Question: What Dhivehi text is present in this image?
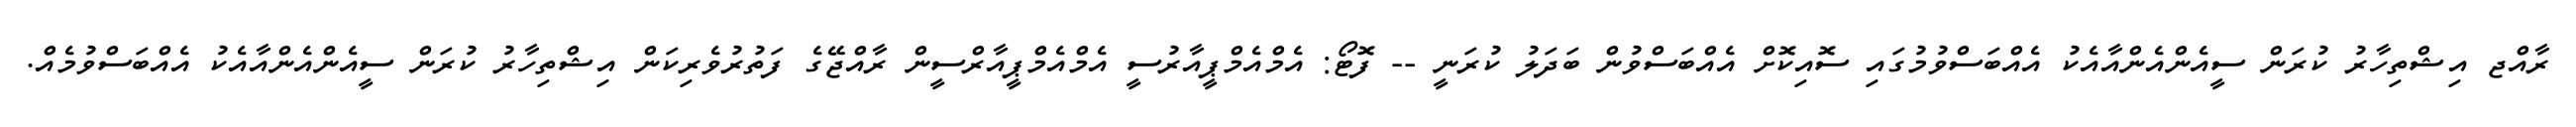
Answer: ރާއްޖ އިޝްތިހާރު ކުރަން ސީއެންއެންއާއެކު އެއްބަސްވުމުގައި ސޮއިކޮށް އެއްބަސްވުން ބަދަލު ކުރަނީ -- ފޮޓޯ: އެމްއެމްޕީއާރުސީ އެމްއެމްޕީއާރްސީން ރާއްޖޭގެ ފަތުރުވެރިކަން އިޝްތިހާރު ކުރަން ސީއެންއެންއާއެކު އެއްބަސްވުމެއް.